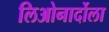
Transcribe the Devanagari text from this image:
लिओनार्दोला